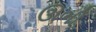
ઊભી